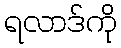
ရလာဒ်ကို